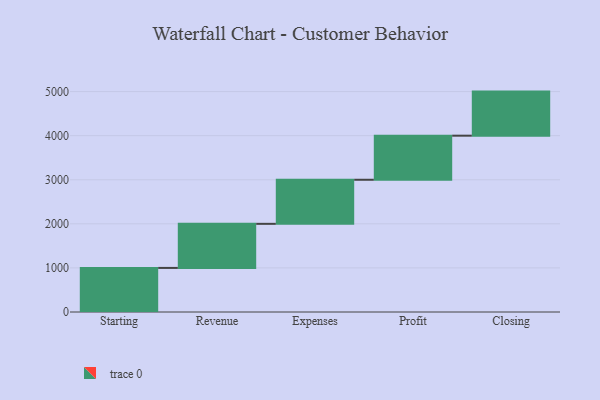
{"axis": {"x": "Step", "y": "Value"}, "legend": [""], "data": [{"x": "Starting", "y": 1000, "type": ""}, {"x": "Revenue", "y": 1000, "type": ""}, {"x": "Expenses", "y": 1000, "type": ""}, {"x": "Profit", "y": 1000, "type": ""}, {"x": "Closing", "y": 1000, "type": ""}]}